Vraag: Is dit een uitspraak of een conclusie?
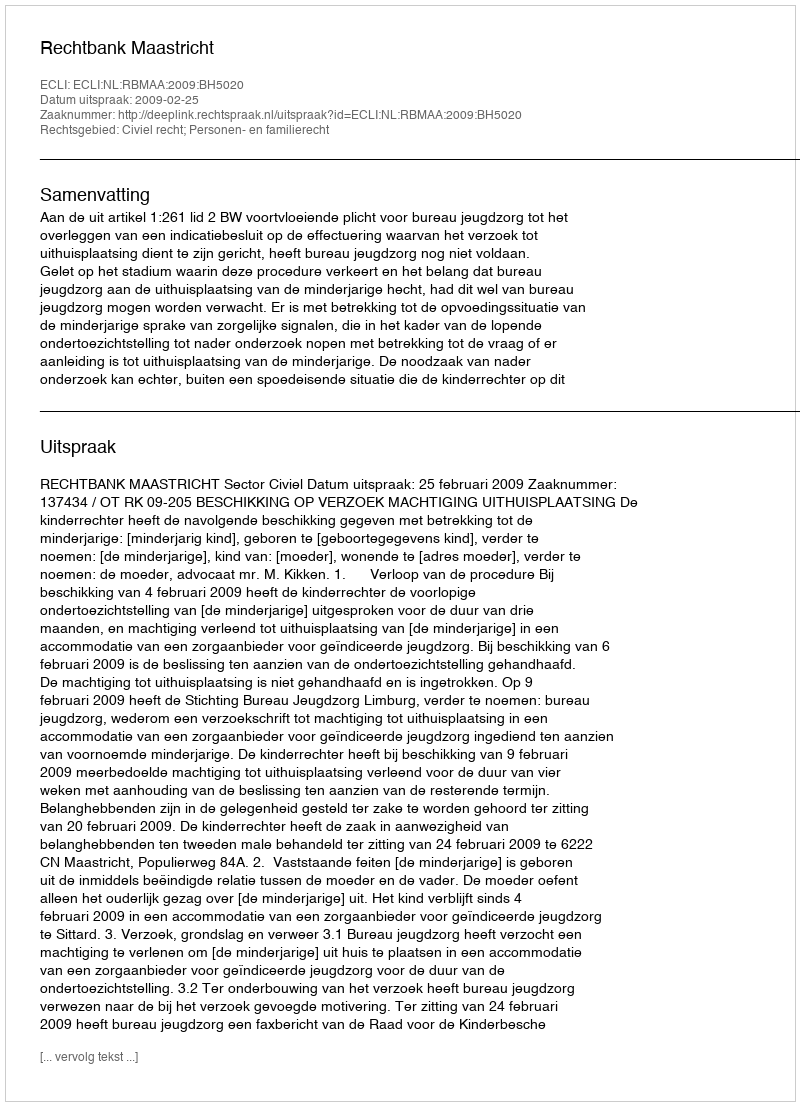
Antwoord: Uitspraak